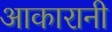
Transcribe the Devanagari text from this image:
आकारानी